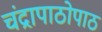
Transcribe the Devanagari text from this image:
चंद्रापाठोपाठ